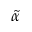
\tilde { \alpha }